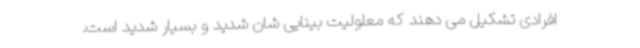
افرادی تشکیل می دهند که معلولیت بینایی شان شدید و بسیار شدید است.